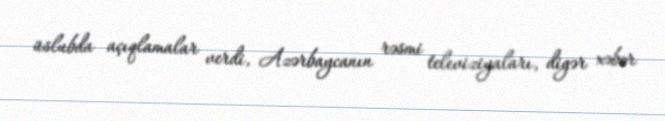
üslubda açıqlamalar verdi, Azərbaycanın rəsmi televiziyaları, digər xəbər